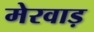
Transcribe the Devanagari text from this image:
मेरवाड़